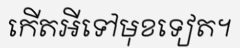
កើតអីទៅមុខទៀត។